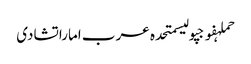
حملہفوجپولیسمتحدہ عرب اماراتشادی